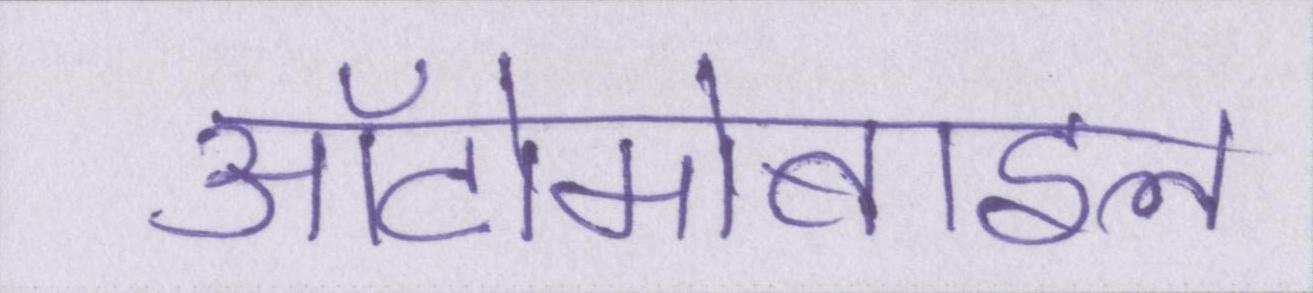
ऑटोमोबाइल